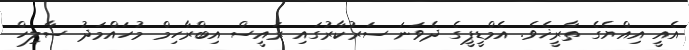
އެއީ އިއްޔެގެ ތާރީޚެވެ. އެމްޑީޕީގެ ދެވަނަ ސަރުކާރުގައި ރައީސް އިބްރާހިމް މުހައްމަދު ސާލިހް